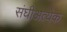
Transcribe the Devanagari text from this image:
संघीअत्येक